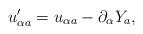
LaTeX: \begin{align*}u'_{\alpha a} = u_{\alpha a} -\partial_\alpha Y_a ,\end{align*}